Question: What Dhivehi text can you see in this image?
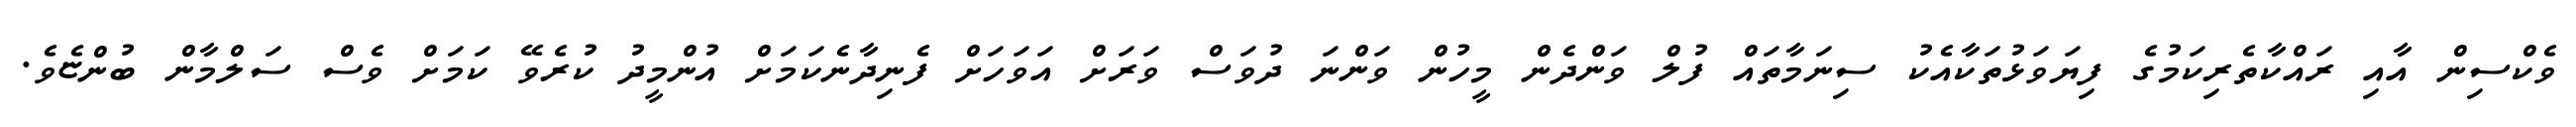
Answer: ވެކްސިން އާއި ރައްކާތެރިކަމުގެ ފިޔަވަޅުތަކާއެކު ސިނަމާތައް ފުލް ވަންދެން މީހުން ވަންނަ ދުވަސް ވަރަށް އަވަހަށް ފެނިދާނެކަމަށް އުންމީދު ކުރެވޭ ކަމަށް ވެސް ސަލްމާން ބުންޏެވެ.